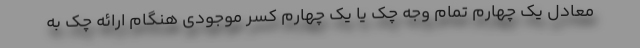
معادل یک چهارم تمام وجه چک یا یک چهارم کسر موجودی هنگام ارائه چک به